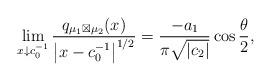
LaTeX: \begin{align*}\lim_{x\downarrow c_{0}^{-1}}\frac{q_{\mu_{1}\boxtimes\mu_{2}}(x)}{\left|x-c_{0}^{-1}\right|^{1/2}}=\frac{-a_{1}}{\pi\sqrt{\left|c_{2}\right|}}\cos\frac{\theta}{2},\end{align*}